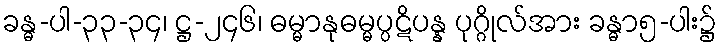
ခန္ဓ-ပါ-၃၃-၃၄၊ ဋ္ဌ-၂၄၆၊ ဓမ္မာနုဓမ္မပ္ပဋိပန္န ပုဂ္ဂိုလ်အား ခန္ဓာ၅-ပါး၌